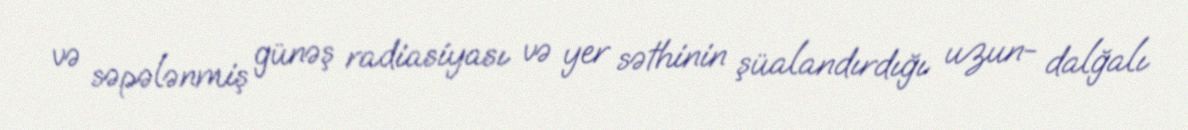
və səpələnmiş günəş radiasiyası və yer səthinin şüalandırdığı uzun- dalğalı